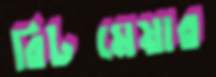
রিটমেয়ার